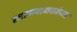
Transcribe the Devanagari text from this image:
खलनायकांच्या